Indian Medical Review
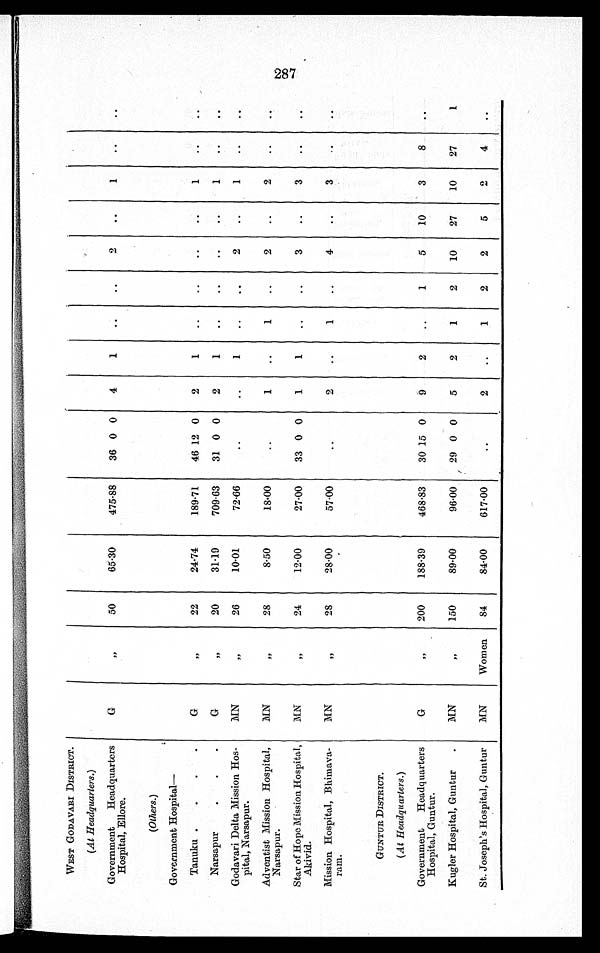
WEST GODAVARI DISTRICT.
(At Headquarters. )
Government Headquarters
Hospital, Ellore.
G
,,
50
65.30
475.88
36 0 0
4
1 ..
..
2
..
1 ..
..
(Others. )
Government Hospital
—
Tanuku
G
, ,
22
24.74
189.71
46 12 0
2
1 ..
..
..
..
1
..
..
Narsapur
G
,,
20
3 1 . 1 9
709.63
31 0 0
2
1
..
..
..
..
1
..
. .
Godavari Delta Mission Hos-
pital, Narsapur.
MN
„
2 6
10.01
72.66
..
..
1
..
..
2
..
1
..
..
Adventist Mission Hospital,
Narsapur.
MN
,,
28
8.50
18.00
..
1
..
1
..
2
..
2
..
..
Star of Hope Mission Hospital,
Akivid.
MN
, ,
24
1 2 . 0 0
27.00
33 0 0
1
1
. .
. .
3
..
3
.. ..
Mission Hospital, Bhimava-
ram.
M N
, ,
2 8
28.00
57.00
. .
2
..
1
..
4
..
3
..
..
GUNTUR DISTRICT.
( At Headquarters .)
Government Headquarters
Hospital, Guntur.
G
, ,
200
188.39
468.83
30 15 0
9
2
..
1
5
10
3
8
..
Kugler Hospital, Guntur.
MN
, ,
150
8 9 . 0 0
96.00
29 0 0
5
2
1
2
10
27
10
27
1
St. Joseph's Hospital, Guntur
MN
Women
84
84.00
617.0
..
2
..
1 2
2
5
2
4
..